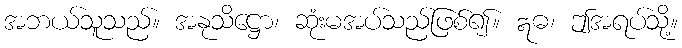
အဘယ်သူသည်။ အနုသိဋ္ဌော၊ ဆုံးမအပ်သည်ဖြစ်၍။ ဣဓ၊ ဤအရပ်သို့။